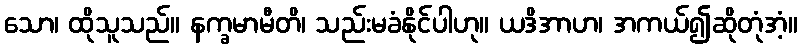
သော၊ ထိုသူသည်။ နက္ခမာမီတိ၊ သည်းမခံနိုင်ပါဟု။ ယဒိအာဟ၊ အကယ်၍ဆိုတုံအံ့။